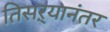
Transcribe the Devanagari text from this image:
तिसऱ्यानंतर